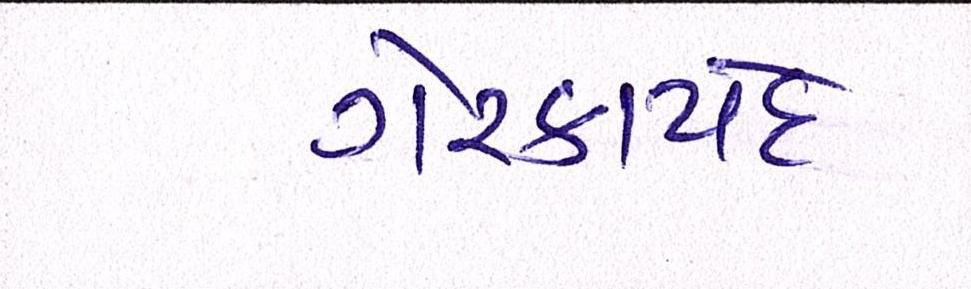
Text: ગેરકાયદે